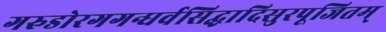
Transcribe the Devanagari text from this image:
गरुडोरगगन्धर्वसिद्धादिसुरपूजितम्